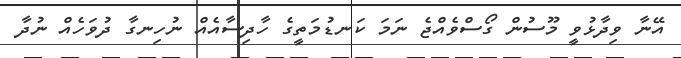
އޭނާ ވިދާޅުވީ މޫސުން ގޯސްވެއްޖެ ނަމަ ކަނޑުމަތީގެ ހާދިސާއެއް ނުހިނގާ ދުވަހެއް ނުދާ